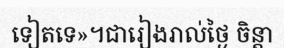
ទៀតទេ»។ជារៀងរាល់ថ្ងៃ ចិន្តា